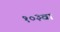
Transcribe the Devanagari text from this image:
१०३वा